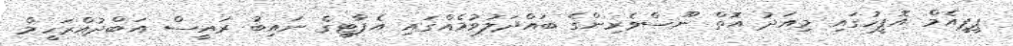
ޕީޕީއެމް އޮފީހުގައި މިއަދު އޮތް ނޫސްވެރިންގެ ބައްދަލުވުމެއްގައި އެޕާޓީގެ ނައިބު ރައީސް އަބްދުއްރަހީމް